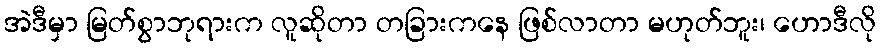
အဲဒီမှာ မြတ်စွာဘုရားက လူဆိုတာ တခြားကနေ ဖြစ်လာတာ မဟုတ်ဘူး၊ ဟောဒီလို